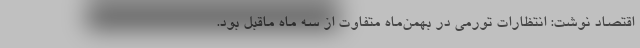
اقتصاد نوشت: انتظارات تورمی در بهمن‌ماه متفاوت از سه ماه ماقبل بود.